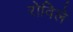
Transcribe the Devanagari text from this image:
रोविले